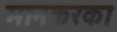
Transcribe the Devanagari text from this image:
मानकरका